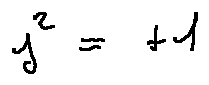
j ^ { 2 } = + 1